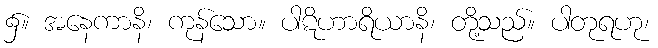
၌။ အနေကာနိ၊ ကုန်သော။ ပါဋိဟာရိယာနိ၊ တို့သည်။ ပါတုရဟု၊